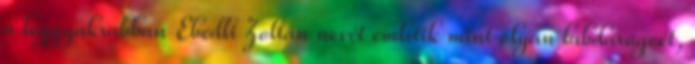
a leggyakrabban Ebedli Zoltán nevét említik mint olyan labdarúgóét,